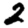
Digit: 2